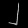
Digit: ၂